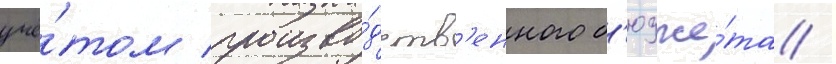
учё́том произво́дств'енного б'юдже́та /